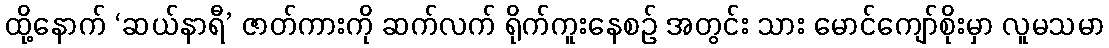
ထို့နောက် ‘ဆယ်နာရီ’ ဇာတ်ကားကို ဆက်လက် ရိုက်ကူးနေစဉ် အတွင်း သား မောင်ကျော်စိုးမှာ လူမသမာ